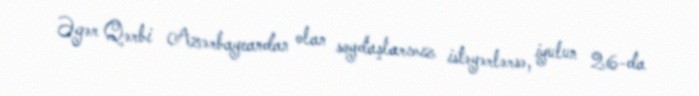
Əgər Qərbi Azərbaycandan olan soydaşlarımız istəyərlərsə, iyulun 26-da